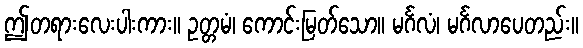
ဤတရားလေးပါးကား။ ဥတ္တမံ၊ ကောင်းမြတ်သော။ မင်္ဂလံ၊ မင်္ဂလာပေတည်း။